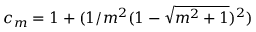
c _ { m } = 1 + ( 1 / m ^ { 2 } ( 1 - \sqrt { m ^ { 2 } + 1 } ) ^ { 2 } )